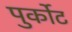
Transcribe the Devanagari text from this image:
पुर्कोट